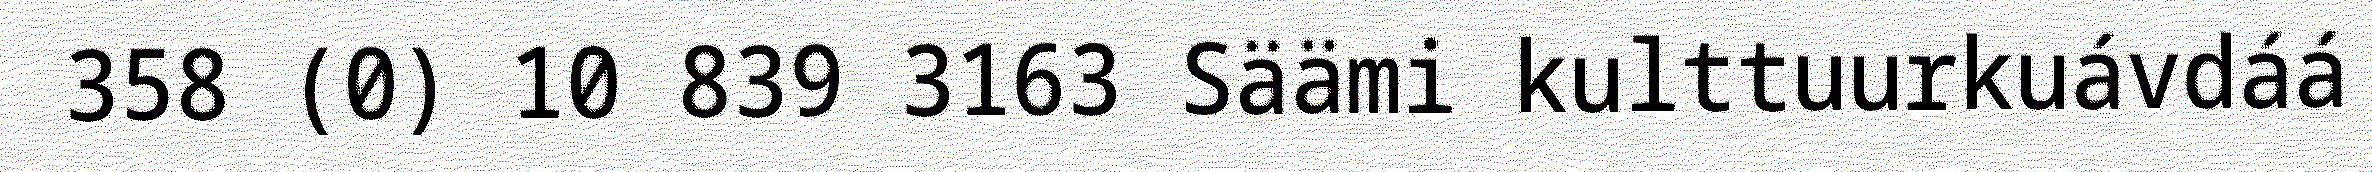
358 (0) 10 839 3163 Säämi kulttuurkuávdáá